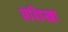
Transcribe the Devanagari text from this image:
प्रशिखा